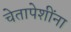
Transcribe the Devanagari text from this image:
चेतापेशींना